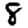
Digit: 8